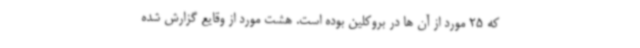
که 25 مورد از آن ها در بروکلین بوده است. هشت مورد از وقایع گزارش شده